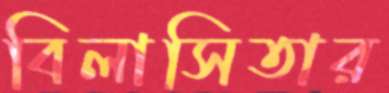
বিলাসিতার